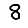
Digit: 8